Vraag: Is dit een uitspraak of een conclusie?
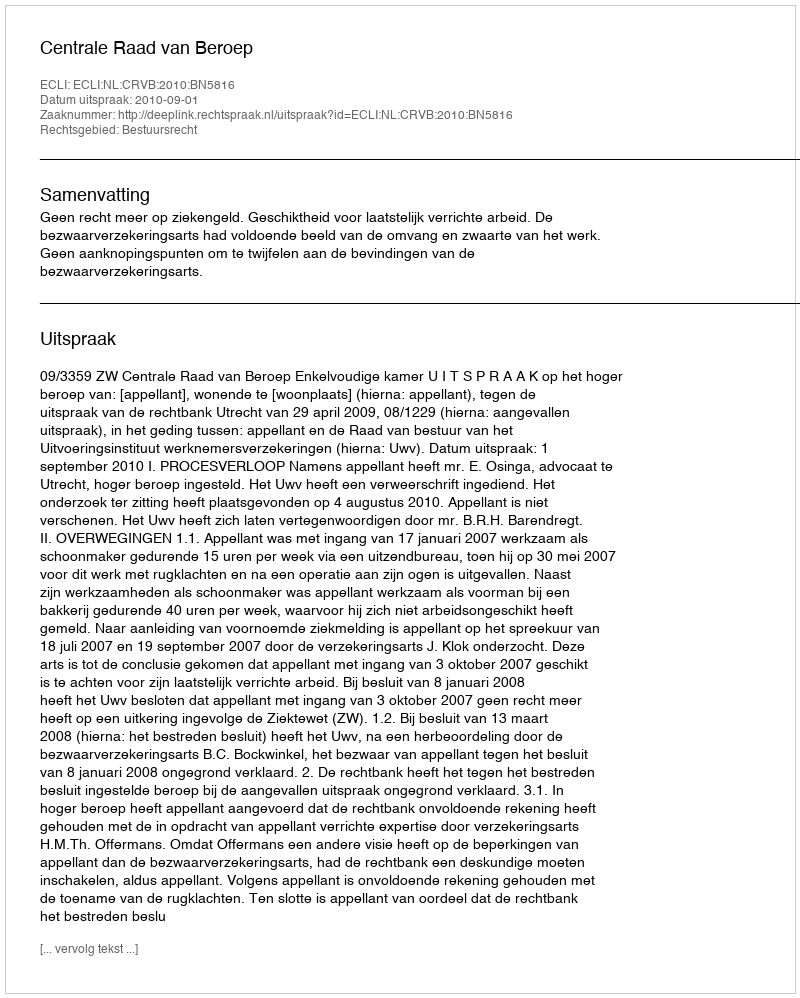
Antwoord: Uitspraak